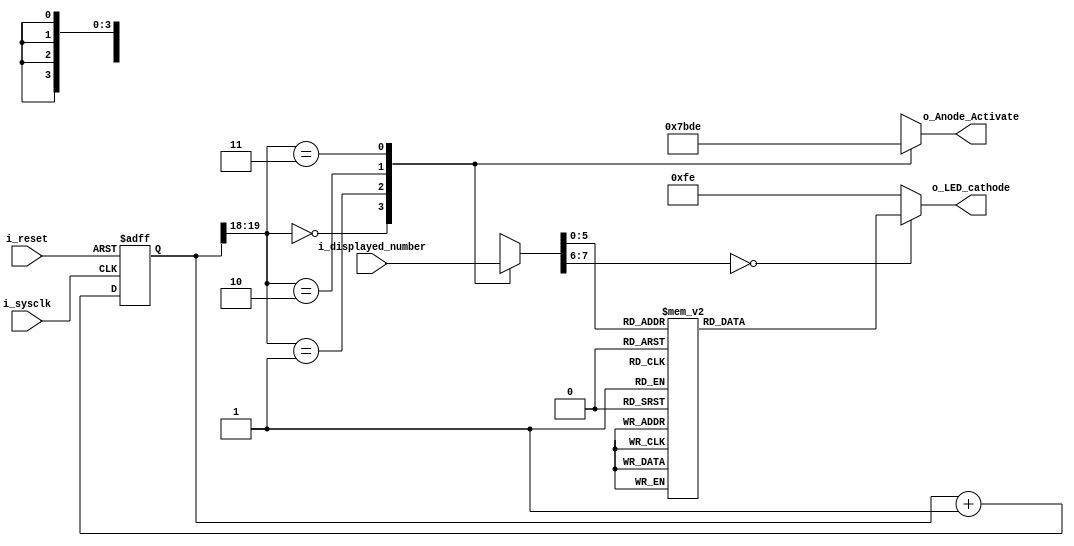


module Seven_seg_LED_Display_Controller(
           input               i_sysclk, // 100 Mhz clock source on Basys 3 FPGA
           input               i_reset,
           input       [31:0]  i_displayed_number, // Number to display
           output reg  [3:0]   o_Anode_Activate,
           output reg  [7:0]   o_LED_cathode
       );

reg     [7:0]   r_LED_Bytes;
reg     [19:0]  r_refresh_counter;
wire    [1:0]   r_LED_activating_counter; // Which LED block to use

always @(posedge i_sysclk or posedge i_reset)
begin
    if(i_reset==1)
        r_refresh_counter <= 0;
    else
        r_refresh_counter <= r_refresh_counter + 1;
end
assign r_LED_activating_counter = r_refresh_counter[19:18];

always @(*)
begin
    case(r_LED_activating_counter)
        2'b00:
        begin
            o_Anode_Activate = 4'b0111;
            r_LED_Bytes = i_displayed_number[31:24];
        end
        2'b01:
        begin
            o_Anode_Activate = 4'b1011;
            r_LED_Bytes = i_displayed_number[23:16];
        end
        2'b10:
        begin
            o_Anode_Activate = 4'b1101;
            r_LED_Bytes = i_displayed_number[15:8];
        end
        2'b11:
        begin
            o_Anode_Activate = 4'b1110;
            r_LED_Bytes = i_displayed_number[7:0];
        end
    endcase
end
always @(*)
begin
    case(r_LED_Bytes)
        8'h00:
            o_LED_cathode = 8'b10000001; // "0"
        8'h01:
            o_LED_cathode = 8'b11001111; // "1"
        8'h02:
            o_LED_cathode = 8'b10010010; // "2"
        8'h03:
            o_LED_cathode = 8'b10000110; // "3"
        8'h04:
            o_LED_cathode = 8'b11001100; // "4"
        8'h05:
            o_LED_cathode = 8'b10100100; // "5"
        8'h06:
            o_LED_cathode = 8'b10100000; // "6"
        8'h07:
            o_LED_cathode = 8'b10001111; // "7"
        8'h08:
            o_LED_cathode = 8'b10000000; // "8"
        8'h09:
            o_LED_cathode = 8'b10000100; // "9"
        8'h0A:
            o_LED_cathode = 8'b10001000; // "A"
        8'h0B:
            o_LED_cathode = 8'b00000000; // "B"
        8'h0C:
            o_LED_cathode = 8'b10110001; // "C"
        8'h0D:
            o_LED_cathode = 8'b00000001; // "D"
        8'h0E:
            o_LED_cathode = 8'b10110000; // "E"
        8'h0F:
            o_LED_cathode = 8'b10111000; // "F"
        8'h10:
            o_LED_cathode = 8'b00000001; // "0."
        8'h11:
            o_LED_cathode = 8'b01001111; // "1."
        8'h12:
            o_LED_cathode = 8'b00010010; // "2."
        8'h13:
            o_LED_cathode = 8'b00000110; // "3."
        8'h14:
            o_LED_cathode = 8'b01001100; // "4."
        8'h15:
            o_LED_cathode = 8'b00100100; // "5."
        8'h16:
            o_LED_cathode = 8'b00100000; // "6."
        8'h17:
            o_LED_cathode = 8'b00001111; // "7."
        8'h18:
            o_LED_cathode = 8'b00000000; // "8."
        8'h19:
            o_LED_cathode = 8'b00000100; // "9."
        8'h20:
            o_LED_cathode = 8'b11000001; // "V"
        8'h21:
            o_LED_cathode = 8'b11111110; // "-"
        8'h22:
            o_LED_cathode = 8'b11111111; // " "
        8'h23:
            o_LED_cathode = 8'b11001000; // "H"
        8'h24:
            o_LED_cathode = 8'b11110001; // "L"

        default:
            o_LED_cathode = 8'b11111110; // "-"
    endcase
end
endmodule